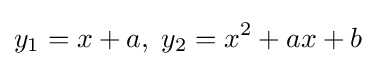
y_{1}=x+a,\;y_{2}=x^{2}+ax+b